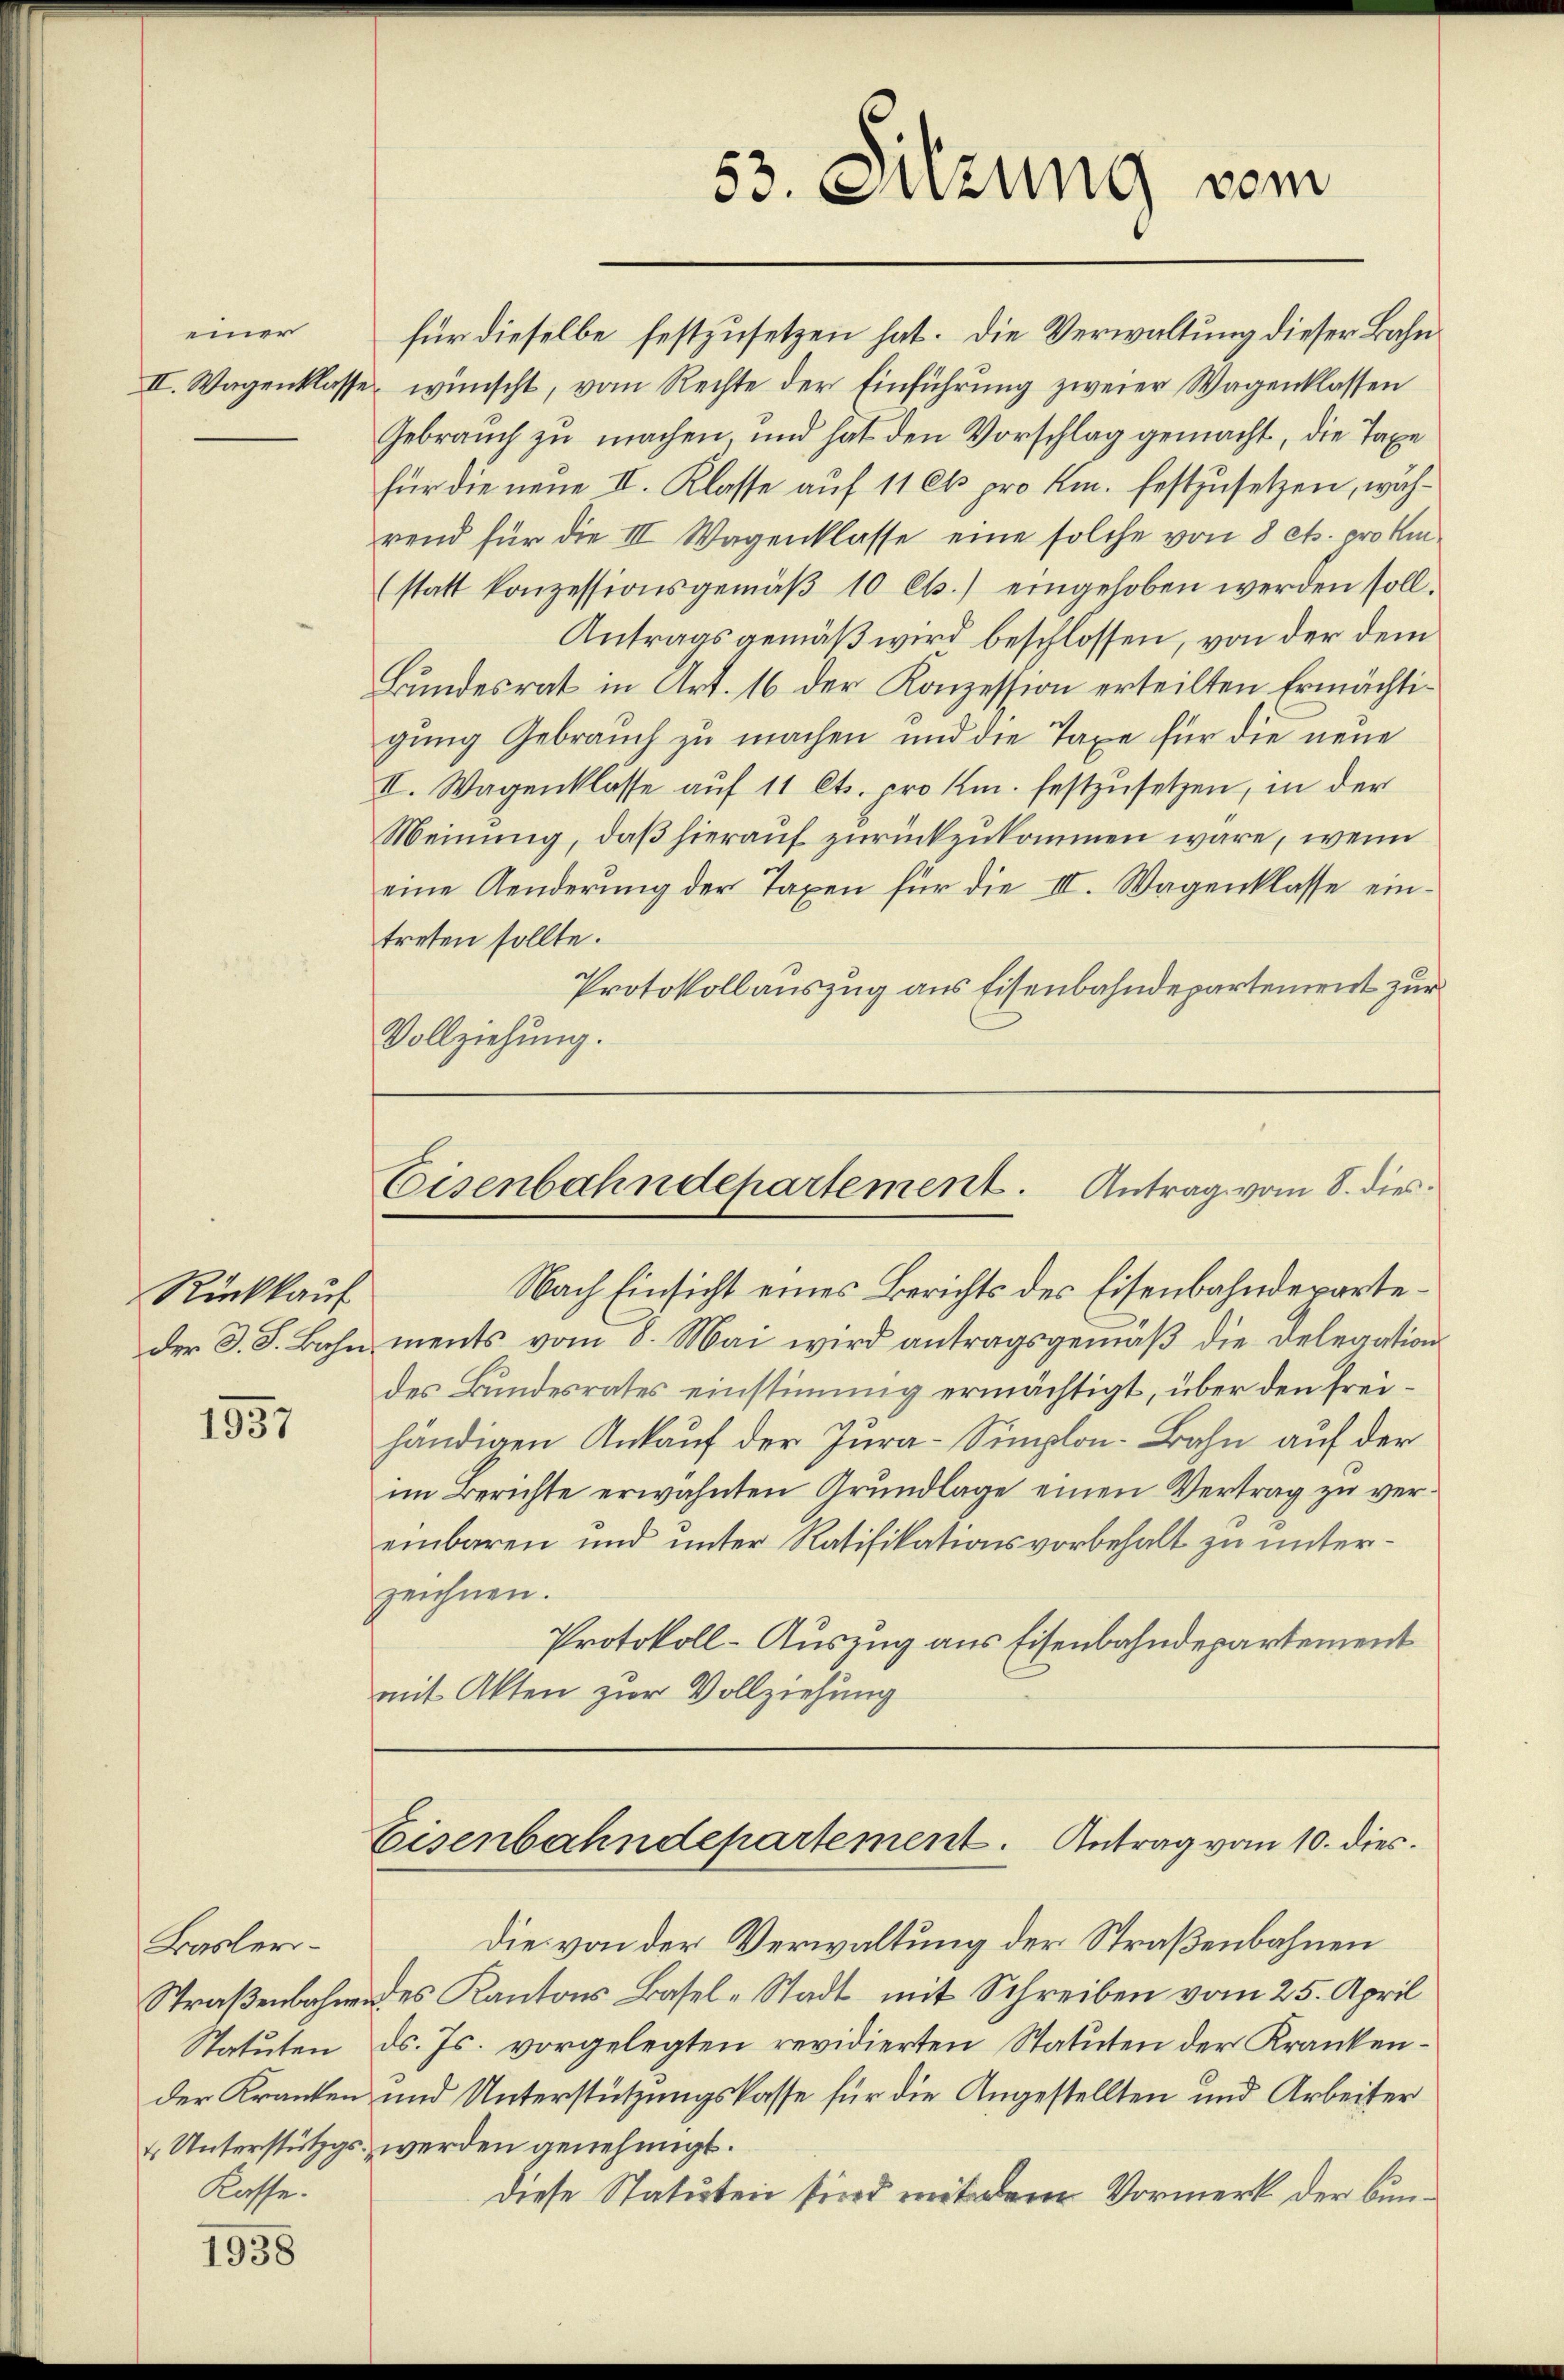
einer

Rückkauf

1937

Basler-
Kasse.

1938

für dieselbe festzusetzen hat. Die Verwaltung dieser Bahn¬
II. Wagenklasse wünscht, vom Rechte der Einführung zweier Wagenklassen
Gebrauch zu machen, und hat den Vorschlag gemacht, die Taxe
für die neue II. Klasse auf 11 et pro Km. festzusetzen, während für die III Wagenklasse eine solche von 8 cts. prote
(statt konzessionsgemäβ 10 Cts.) eingehoben werden soll.
Antragsgemäß wird beschlossen, von der dem
Bundesrat in Art. 16 der Konzession erteilten Ermächtigung Gebrauch zu machen und die Taxe für die neue
II. Wagenklasse auf 11 Cts. pro Km. festzusetzen, in der
Meinung, daß hierauf zurückzukommen wäre, wenn
eine Aenderung der Taxen für die III. Wagenklasse eintreten sollte.
Protokollauszug aus Eisenbahndepartement zur
Vollziehung.

53. Sitzung vom

Eisenbahndepartement. Antrag vom 8. dies

Eisenbahndepartement. Antrag vom 10. dies

Die von der Verwaltung der Straßenbahnen
Straßenbahnendes Kantons Basel-Stadt mit Schreiben vom 25. April
Statuten d. Js. vorgelegten revidierten Statuten der Krankender Kranken und Unterstützungskasse für die Angestellten und Arbeiter
 Unterstützgs werden genehmigt.
diese Statuten sind mit dem Vormerk der Bun¬

Nach Einsicht eines Berichts des Eisenbahndeparteder S. S. Bahn ments vom 8. Mai wird antragsgemäβ die Delegation
des Bundesrates einstimmig ermächtigt, über den freihändigen Ankauf der Jura-Simplon-Bahn auf der
im Berichte erwähnten Grŭndlage einen Vertrag zŭ vereinbaren und unter Ratifikationsvorbehalt zu unterzeichnen.
Protokoll-Auszug aus Eisenbahndepartement
mit Akten zur Vollziehung